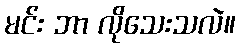
မင်း ဘာ လိုသေးသလဲ။